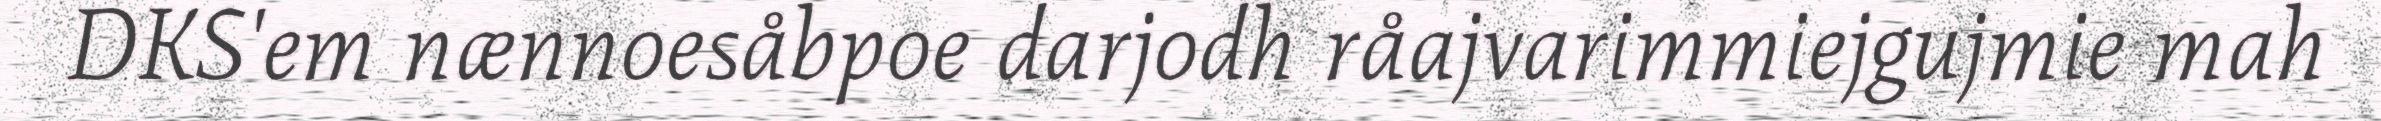
DKS'em nænnoesåbpoe darjodh råajvarimmiejgujmie mah